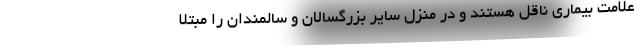
علامت بیماری ناقل هستند و در منزل سایر بزرگسالان و سالمندان را مبتلا